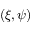
( \xi , \psi )